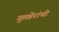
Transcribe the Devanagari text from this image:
गुप्तहेरांची